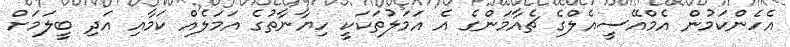
އެހެންކަމުން އެމްއޭސީއެލްގެ ޗެއާމަންގެ އެ އަމަލުތަކަކީ ހިޔާނާތުގެ އަމަލެއް ކަމާއި އަދި ބީލަމަށް